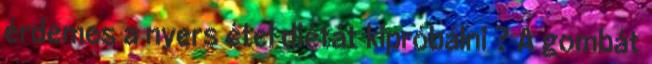
érdemes a nyers étel diétát kipróbálni ? A gombát